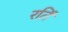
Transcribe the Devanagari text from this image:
रतिं